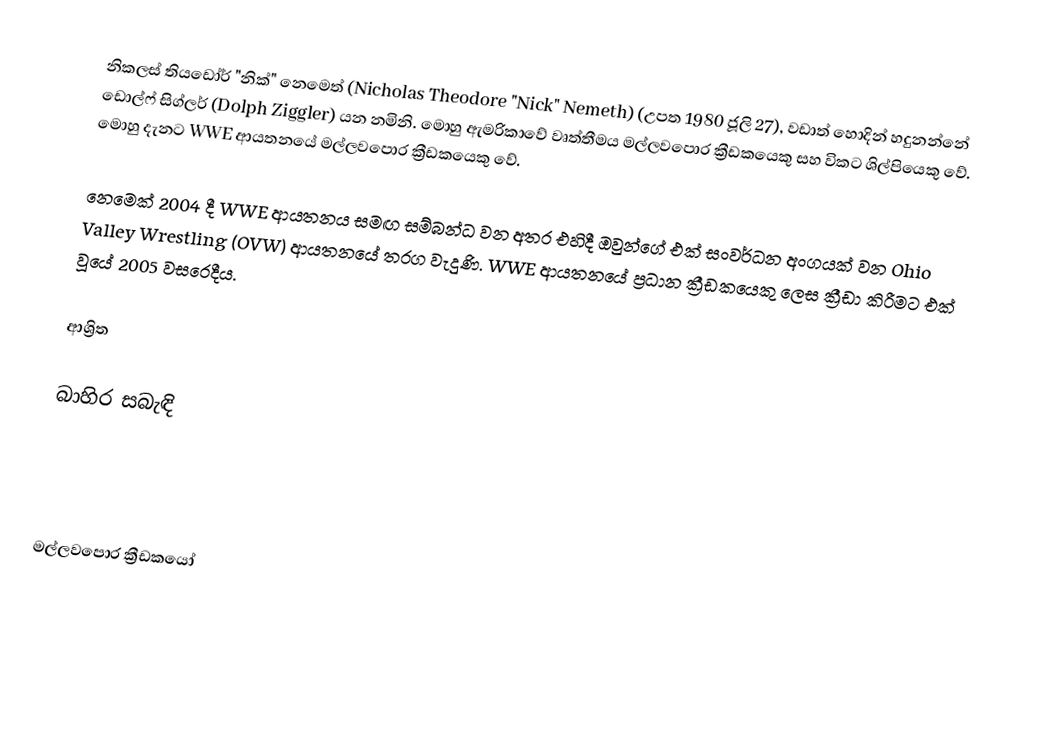
නිකලස් තියඩෝර් "නික්" නෙමෙත් (Nicholas Theodore "Nick" Nemeth) (උපත 1980 ජූලි 27), වඩාත් හොදින් හදුනන්නේ ඩොල්ෆ් සිග්ලර් (Dolph Ziggler) යන නමිනි. මොහු ඇමරිකාවේ වෘත්තීමය මල්ලවපොර ක්‍රීඩකයෙකු සහ විකට ශිල්පියෙකු වේ. මොහු දැනට WWE ආයතනයේ මල්ලවපොර ක්‍රීඩකයෙකු වේ.

නෙමෙක් 2004 දී WWE ආයතනය සමඟ සම්බන්ධ වන අතර එහිදී ඔවුන්ගේ එක් සංවර්ධන අංගයක් වන Ohio Valley Wrestling (OVW) ආයතනයේ තරග වැදුණි. WWE ආයතනයේ ප්‍රධාන ක්‍රීඩකයෙකු ලෙස ක්‍රීඩා කිරීමට එක් වූයේ 2005 වසරෙදීය.

ආශ්‍රිත

බාහිර සබැඳි

මල්ලවපොර ක්‍රීඩකයෝ